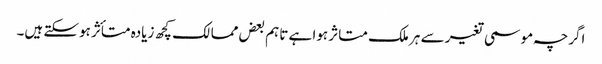
اگرچہ موسمی تغیر سے ہر ملک متاثر ہوا ہے تاہم بعض ممالک کچھ زیادہ متأثر ہوسکتے ہیں۔